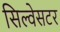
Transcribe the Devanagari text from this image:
सिल्वेसटर